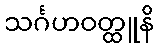
သင်္ဂဟဝတ္ထူနိ